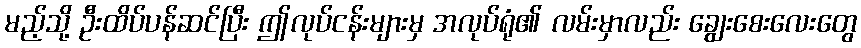
မည့်သို့ ဦးထိပ်ပန်ဆင်ပြီး ဤလုပ်ငန်းများမှ အလုပ်ရုံ၏ လမ်းမှာလည်း ချွေးစေးလေးတွေ